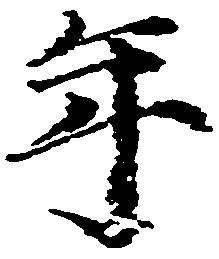
年